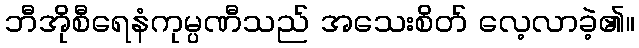
ဘီအိုစီရေနံကုမ္ပဏီသည် အသေးစိတ် လေ့လာခဲ့၏။